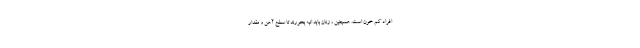
افراد کم خون است. همچنین ، زنان باید انبه بخورند تا سطح آهن و مقدار